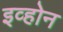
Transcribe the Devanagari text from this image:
इव्होन